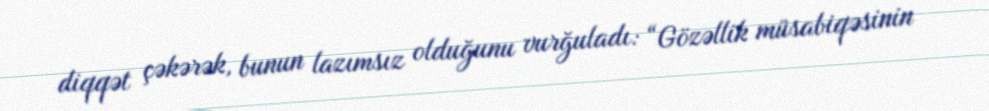
diqqət çəkərək, bunun lazımsız olduğunu vurğuladı: “Gözəllik müsabiqəsinin